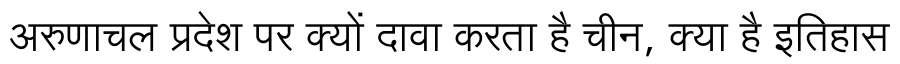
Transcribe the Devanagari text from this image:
अरुणाचल प्रदेश पर क्यों दावा करता है चीन, क्या है इतिहास